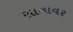
સાનાવર